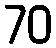
70